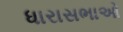
ધારાસભાઓ